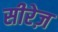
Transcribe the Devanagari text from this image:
सीरेज़